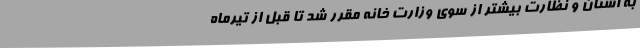
به استان و نظارت بیشتر از سوی وزارت خانه مقرر شد تا قبل از تیرماه